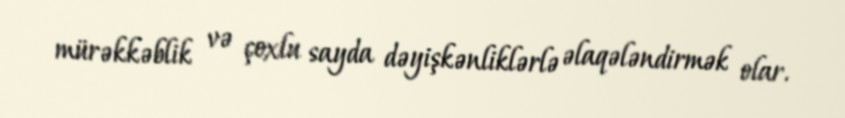
mürəkkəblik və çoxlu sayda dəyişkənliklərlə əlaqələndirmək olar.